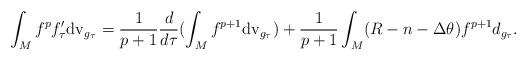
LaTeX: \begin{align*}\int_M f^pf'_\tau {\rm dv}_{g_\tau} =\frac{1}{p+1}\frac{d}{d\tau}(\int_M f^{p+1} {\rm dv}_{g_\tau})+\frac{1}{p+1}\int_M (R-n-\Delta \theta)f^{p+1} d_{g_\tau}. \end{align*}